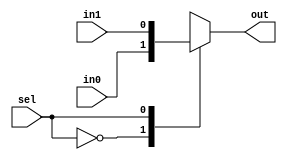
module vc_Mux2
#(
  parameter p_nbits = 1
)(
  input      [p_nbits-1:0] in0, in1,
  input                    sel,
  output reg [p_nbits-1:0] out
);

  always @(*)
  begin
    case ( sel )
      1'd0 : out = in0;
      1'd1 : out = in1;
      default : out = {p_nbits{1'bx}};
    endcase
  end

endmodule